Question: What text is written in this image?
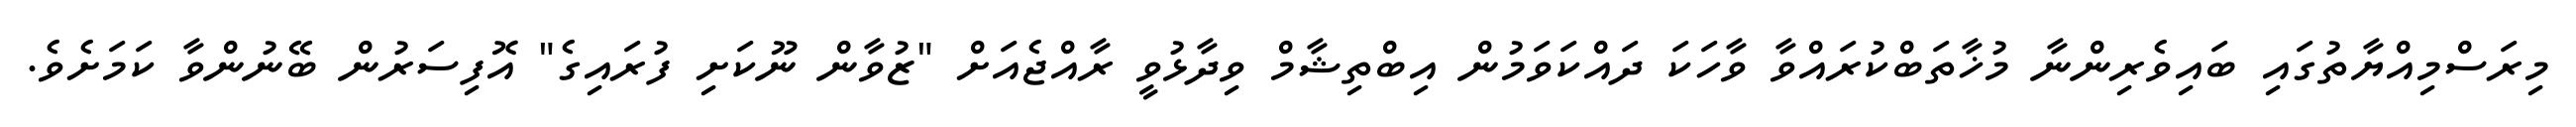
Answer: މިރަސްމިއްޔާތުގައި ބައިވެރިންނާ މުޚާތަބްކުރައްވާ ވާހަކަ ދައްކަވަމުން އިބްތިޝާމް ވިދާޅުވީ ރާއްޖެއަށް "ޒުވާން ނޫކަށި ފުރައިގެ" އޮފިސަރުން ބޭނުންވާ ކަމަށެވެ.